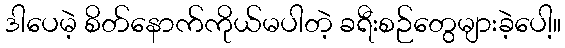
ဒါပေမဲ့ စိတ်နောက်ကိုယ်မပါတဲ့ ခရီးစဉ်တွေများခဲ့ပေါ့။